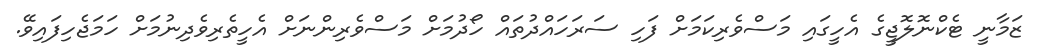
ޒަމާނީ ޓެކްނޮލޮޖީގެ އެހީގައި މަސްވެރިކަމަށް ފަހި ސަރަހައްދުތައް ހޯދުމަށް މަސްވެރިންނަށް އެހީތެރިވެދިނުމަށް ހަމަޖެހިފައިވޭ.